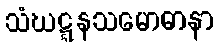
သံဃဋ္ဋနသမောဓာနာ